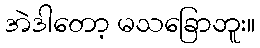
အဲဒါတော့ မသခြောဘူး။